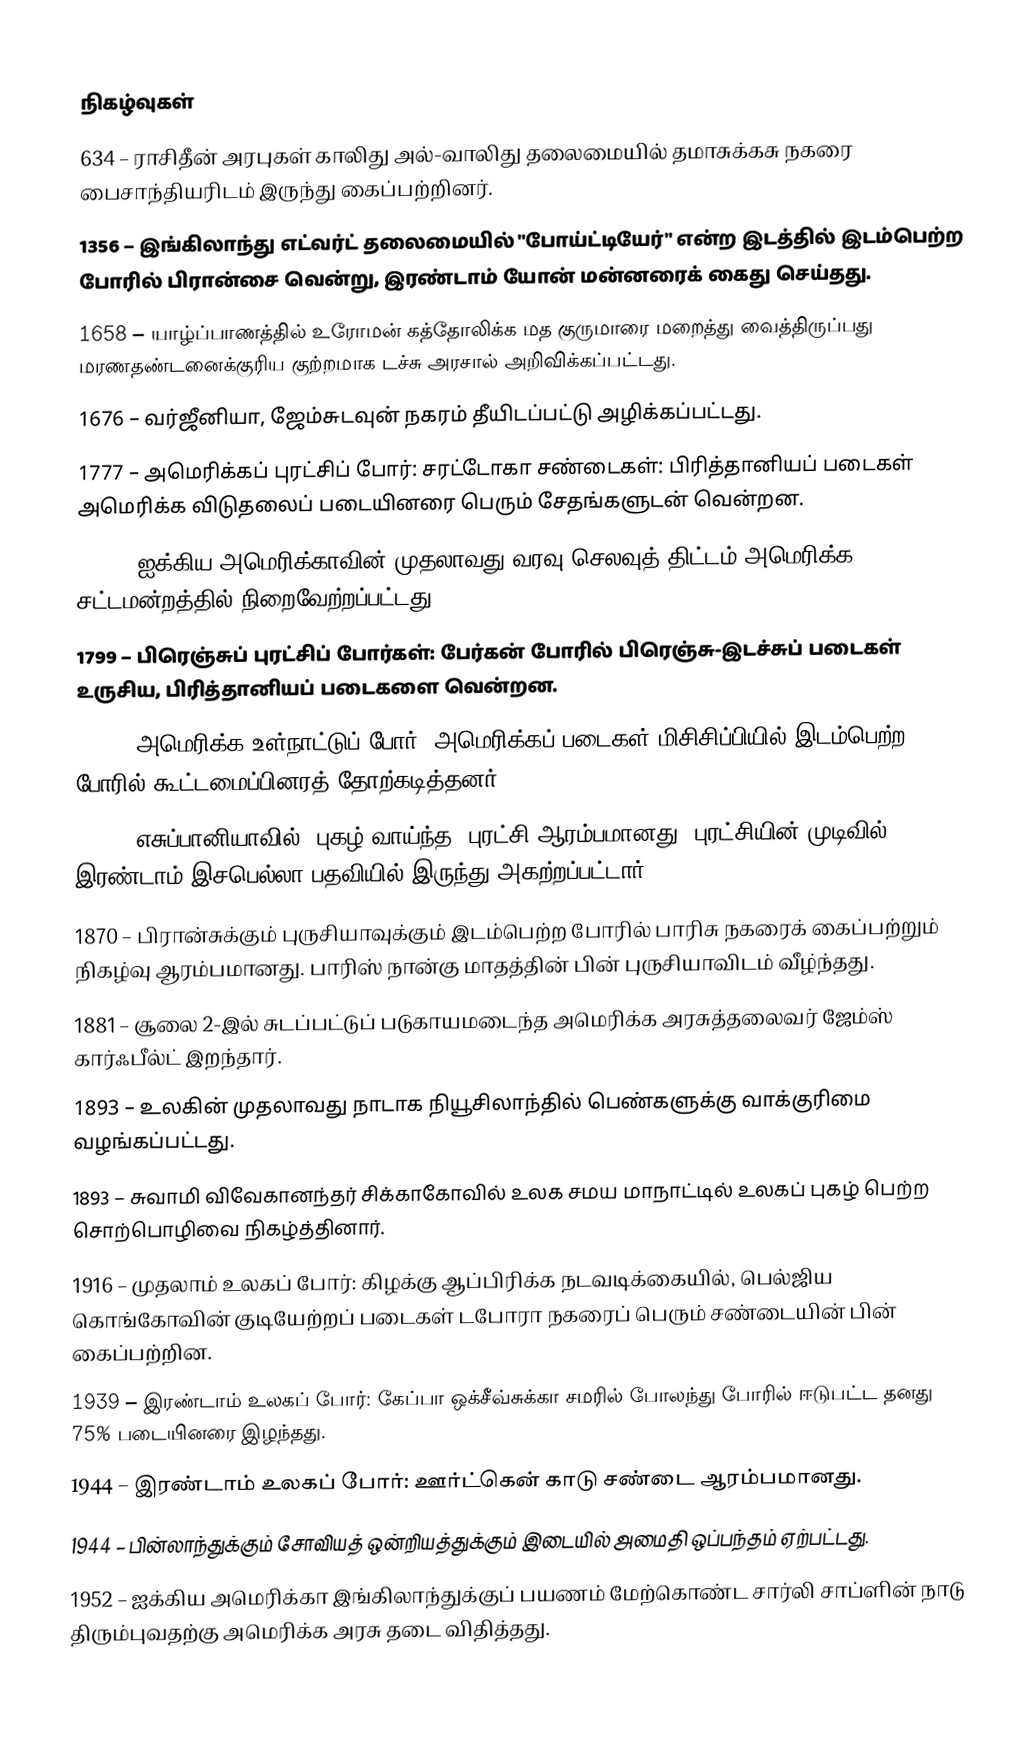

நிகழ்வுகள்
 634 – ராசிதீன் அரபுகள் காலிது அல்-வாலிது தலைமையில் தமாசுக்கசு நகரை பைசாந்தியரிடம் இருந்து கைப்பற்றினர்.
1356 – இங்கிலாந்து எட்வர்ட் தலைமையில் "போய்ட்டியேர்" என்ற இடத்தில் இடம்பெற்ற போரில் பிரான்சை வென்று, இரண்டாம் யோன் மன்னரைக் கைது செய்தது.
1658 – யாழ்ப்பாணத்தில் உரோமன் கத்தோலிக்க மத குருமாரை மறைத்து வைத்திருப்பது மரணதண்டனைக்குரிய குற்றமாக டச்சு அரசால் அறிவிக்கப்பட்டது.
1676 – வர்ஜீனியா, ஜேம்சுடவுன் நகரம் தீயிடப்பட்டு அழிக்கப்பட்டது.
1777 – அமெரிக்கப் புரட்சிப் போர்: சரட்டோகா சண்டைகள்: பிரித்தானியப் படைகள் அமெரிக்க விடுதலைப் படையினரை பெரும் சேதங்களுடன் வென்றன.
1778 – ஐக்கிய அமெரிக்காவின் முதலாவது வரவு செலவுத் திட்டம் அமெரிக்க சட்டமன்றத்தில் நிறைவேற்றப்பட்டது.
1799 – பிரெஞ்சுப் புரட்சிப் போர்கள்: பேர்கன் போரில் பிரெஞ்சு-இடச்சுப் படைகள் உருசிய, பிரித்தானியப் படைகளை வென்றன.
1862 – அமெரிக்க உள்நாட்டுப் போர்: அமெரிக்கப் படைகள் மிசிசிப்பியில் இடம்பெற்ற போரில் கூட்டமைப்பினரத் தோற்கடித்தனர்.
1868 – எசுப்பானியாவில் "புகழ் வாய்ந்த" புரட்சி ஆரம்பமானது. புரட்சியின் முடிவில் இரண்டாம் இசபெல்லா பதவியில் இருந்து அகற்றப்பட்டார்.
1870 – பிரான்சுக்கும் புருசியாவுக்கும் இடம்பெற்ற போரில் பாரிசு நகரைக் கைப்பற்றும் நிகழ்வு ஆரம்பமானது. பாரிஸ் நான்கு மாதத்தின் பின் புருசியாவிடம் வீழ்ந்தது.
1881 – சூலை 2-இல் சுடப்பட்டுப் படுகாயமடைந்த அமெரிக்க அரசுத்தலைவர் ஜேம்ஸ் கார்ஃபீல்ட் இறந்தார்.
1893 – உலகின் முதலாவது நாடாக நியூசிலாந்தில் பெண்களுக்கு வாக்குரிமை வழங்கப்பட்டது.
1893 – சுவாமி விவேகானந்தர் சிக்காகோவில் உலக சமய மாநாட்டில் உலகப் புகழ் பெற்ற சொற்பொழிவை நிகழ்த்தினார்.
1916 – முதலாம் உலகப் போர்: கிழக்கு ஆப்பிரிக்க நடவடிக்கையில், பெல்ஜிய கொங்கோவின் குடியேற்றப் படைகள் டபோரா நகரைப் பெரும் சண்டையின் பின் கைப்பற்றின.
1939 – இரண்டாம் உலகப் போர்: கேப்பா ஒக்சீவ்சுக்கா சமரில் போலந்து போரில் ஈடுபட்ட தனது 75% படையினரை இழந்தது.
1944 – இரண்டாம் உலகப் போர்: ஊர்ட்கென் காடு சண்டை ஆரம்பமானது.
1944 – பின்லாந்துக்கும் சோவியத் ஒன்றியத்துக்கும் இடையில் அமைதி ஒப்பந்தம் ஏற்பட்டது.
1952 – ஐக்கிய அமெரிக்கா இங்கிலாந்துக்குப் பயணம் மேற்கொண்ட சார்லி சாப்ளின் நாடு திரும்புவதற்கு அமெரிக்க அரசு தடை விதித்தது.